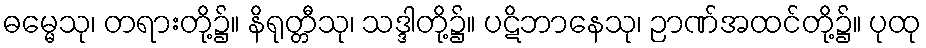
ဓမ္မေသု၊ တရားတို့၌။ နိရုတ္တီသု၊ သဒ္ဒါတို့၌။ ပဋိဘာနေသု၊ ဉာဏ်အထင်တို့၌။ ပုထု